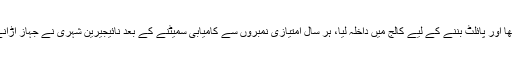
ابوبکر نے کام کے ساتھ اپنی تعلیم کو جاری رکھا اور پائلٹ بننے کے لیے کالج میں داخلہ لیا، ہر سال امتیازی نمبروں سے کامیابی سمیٹنے کے بعد نائیجیرین شہری نے جہاز اڑانے کا امتحان دیا اور اس میں بھی وہ سرخرو رہا۔